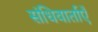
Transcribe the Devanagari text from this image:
संधिवार्ताएँ